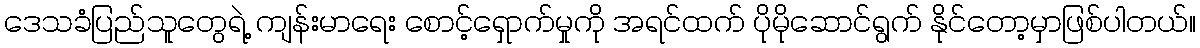
ဒေသခံပြည်သူတွေရဲ့ ကျန်းမာရေး စောင့်ရှောက်မှုကို အရင်ထက် ပိုမိုဆောင်ရွက် နိုင်တော့မှာဖြစ်ပါတယ်။